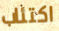
اكتئاب